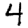
Digit: 4